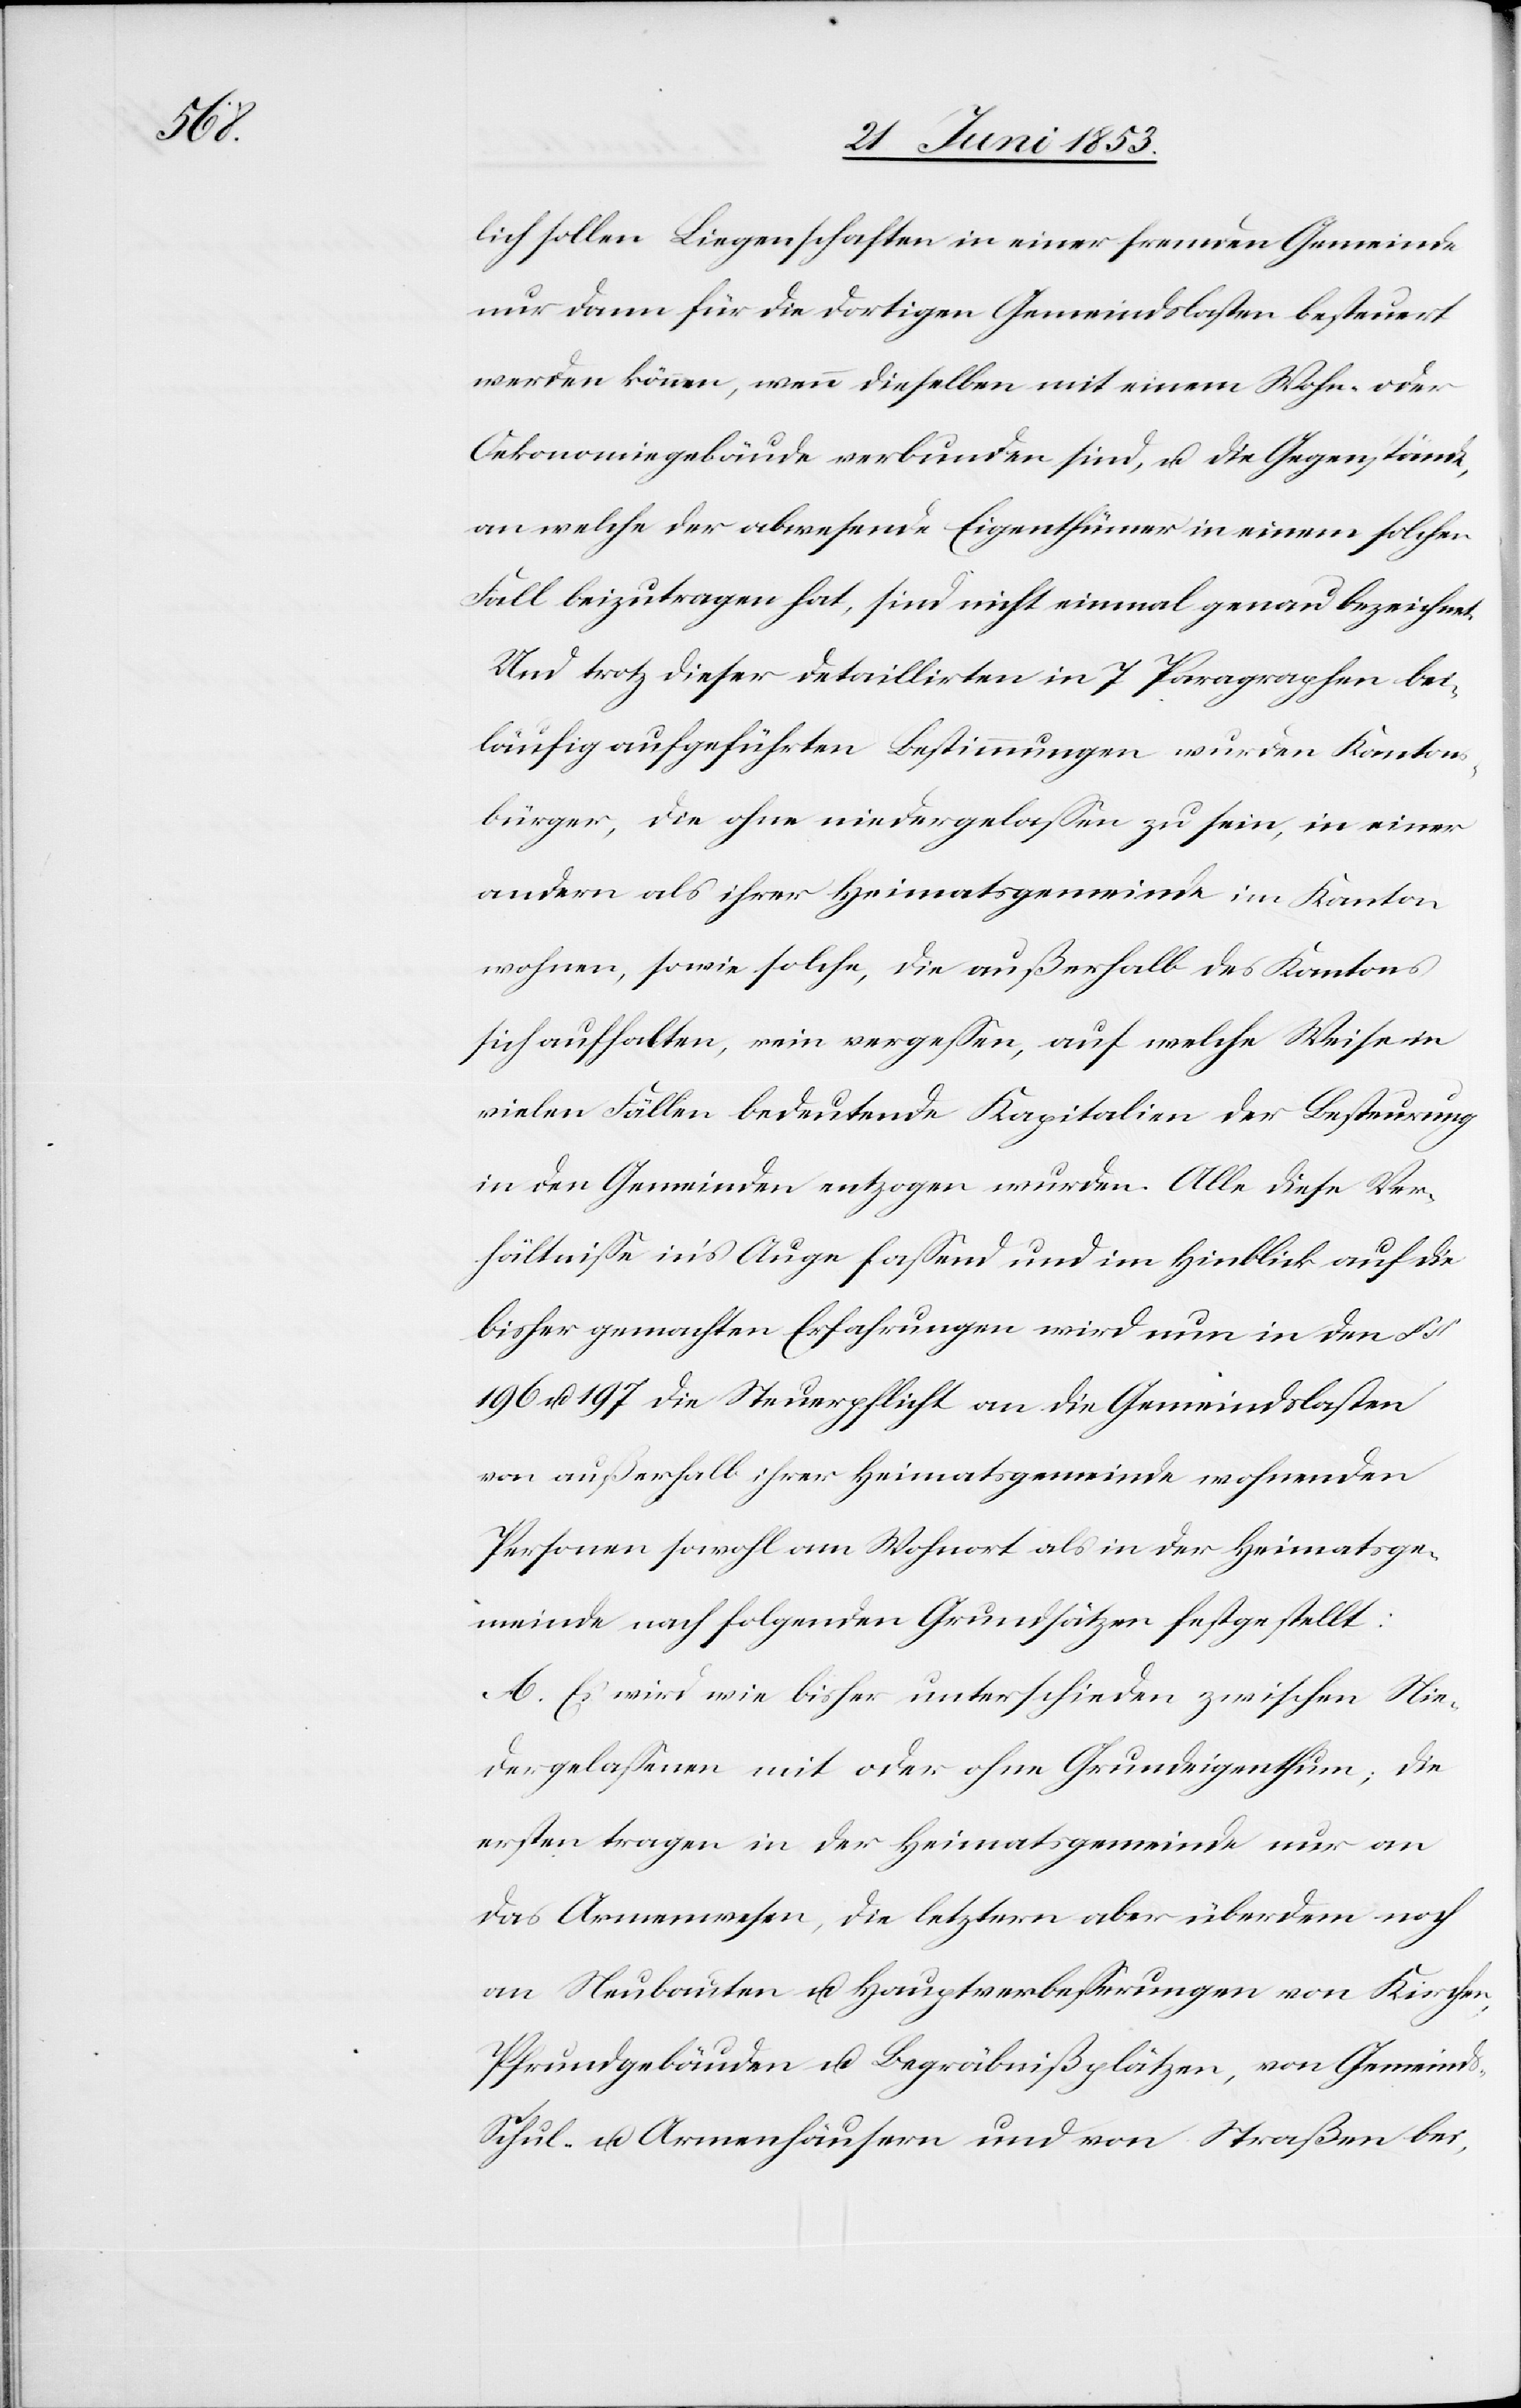
lich sollen Liegenschaften in einer fremden Gemeinde
nur dann für die dortigen Gemeindslasten besteuert
werden können, wenn dieselben mit einem Wohn- oder
Oekonomiegebäude verbunden sind, u. die Gegenstände,
an welche der abwesende Eigenthümer in einem solchen
Fall beizutragen hat, sind nicht einmal genau bezeichnet.
Und trotz dieser detaillirten in 7 Paragraphen bei¬
läufig aufgeführten Bestimmungen wurden Kantons¬
bürger, die ohne niedergelaßen zu sein, in einer
andern als ihrer Heimatsgemeinde im Kanton
wohnen, sowie solche, die außerhalb des Kantons
sich aufhalten, rein vergeßen, auf welche Weise in
vielen Fällen bedeutende Kapitalien der Besteuerung
in den Gemeinden entzogen wurden. Alle diese Ver¬
hältniße in’s Auge faßend und im Hinblick auf die
bisher gemachten Erfahrungen wird nun in den §§
196 u. 197 die Steuerpflicht an die Gemeindslasten
von außerhalb ihrer Heimatsgemeinde wohnenden
Personen sowohl am Wohnort als in der Heimatsge¬
meinde auf folgenden Grundsätzen festgestellt:
A. Es wird wie bisher unterschieden zwischen Nie¬
dergelaßenen mit oder ohne Grundeigenthum, die
ersten tragen in der Heimatsgemeinde nur an
das Armenwesen, die letztern aber überdem noch
an Neubauten u. Hauptverbeßerungen von Kirchen-
Pfrundgebäuden u. Begräbnißplätzen, von Gemeinds-
Schul- u. Armenhäusern und von Straßen bei,